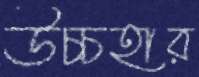
উচ্চহার